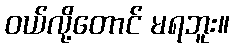
၀ယ်လို့တောင် မရဘူး။